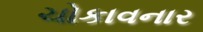
ચોકાવનાર